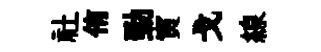
社侑勁寅戈線